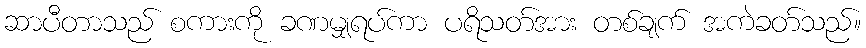
ဆာပီတာသည် စကားကို ခဏမျှရပ်ကာ ပရိသတ်အား တစ်ချက် အကဲခတ်သည်။